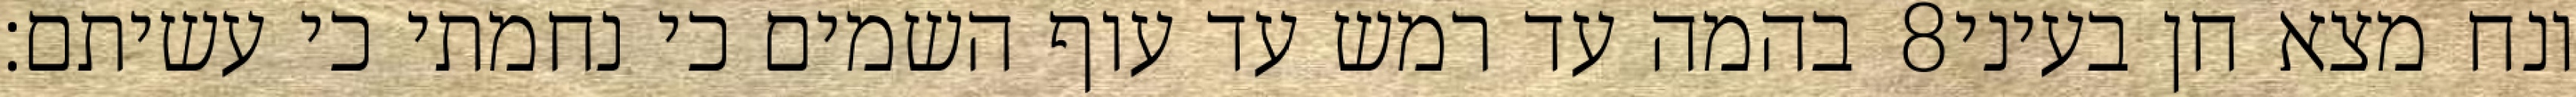
בהמה עד רמש עד עוף השמים כי נחמתי כי עשיתם׃ ‎8‏ ונח מצא חן בעיני